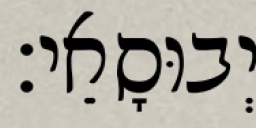
יְבוּסָאֵי׃